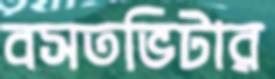
বসতভিটার